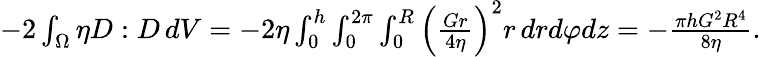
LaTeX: \begin{array}{r}{-2\int_{\Omega}\eta D:D\, dV=-2\eta\int_{0}^{h}\int_{0}^{2\pi}\int_{0}^{R}\left(\frac{Gr}{4\eta}\right)^{2}r\, drd\varphi dz=-\frac{\pi hG^{2}R^{4}}{8\eta}.}\end{array}